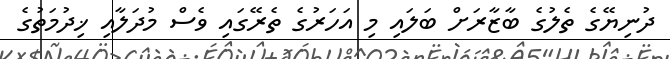
ދުނިޔޭގެ ތެލުގެ ބާޒާރަށް ބަލައި މި އަހަރުގެ ތެރޭގައި ވެސް މުދަލާއި ޚިދުމަތުގެ